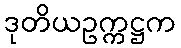
ဒုတိယဥက္ကဋ္ဌက